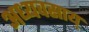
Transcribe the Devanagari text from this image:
अध्यवसाय्